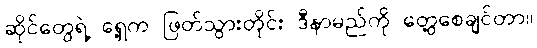
ဆိုင်တွေရဲ့ ရှေ့က ဖြတ်သွားတိုင်း ဒီနာမည်ကို တွေ့စေချင်တာ။